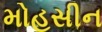
મોહસીન